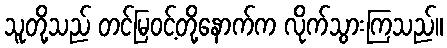
သူတို့သည် တင်မြဝင့်တို့နောက်က လိုက်သွားကြသည်။